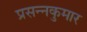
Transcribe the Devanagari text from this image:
प्रसन्‍नकुमार